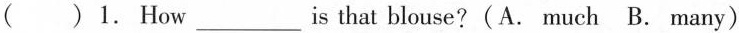
( )1.How___is that blouse? (A. much B. many)